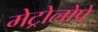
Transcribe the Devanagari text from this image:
मेट्रोलोपे